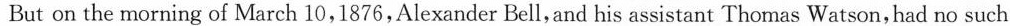
But on the morning of March 10,1876, Alexander Bell, and his assistant Thomas Watson,had no such